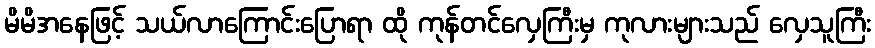
မိမိအနေဖြင့် သယ်လာကြောင်းပြောရာ ထို ကုန်တင်လှေကြီးမှ ကုလားများသည် လှေသူကြီး